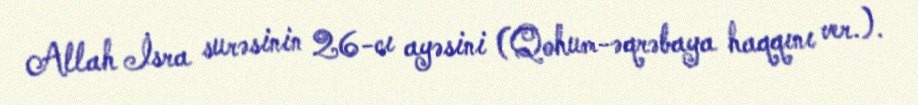
Allah İsra surəsinin 26-cı ayəsini (Qohum-əqrəbaya haqqını ver.).